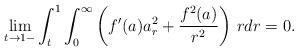
LaTeX: \begin{align*}\lim_{t\to 1-}\int_t^1\int_0^{\infty}\left(f'(a)a_r^2+\frac{f^2(a)}{r^2}\right)\,rdr=0.\end{align*}